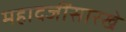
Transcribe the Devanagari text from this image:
महादजींसारखे